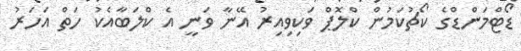
ޑޯޓްމަންޑްގެ ކޯޗުކަމުން ކްލޮޕް ވަކިވިއިރު އޭނާ ވަނީ އެ ކްލަބާއެކު ހަތް އަހަރު